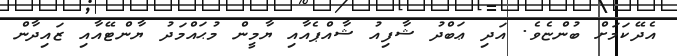
އެދޭކަމަށް ބުންޏެވެ. އަދި ޢަބްދު ޝާފިއު ޝާއްޕެއާއި ޔާމީން މުޙައްމަދު ޔާންޓޭއާއި ޒައިދާން